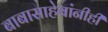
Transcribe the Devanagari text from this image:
बाबासाहेबांनीही